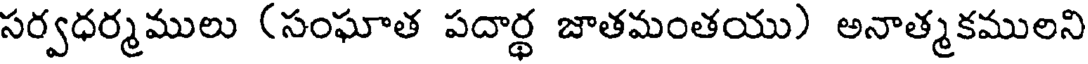
సర్వధర్మములు (సంఘాత పదార్థ జాతమంతయు) అనాత్మకములని